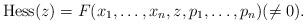
LaTeX: \begin{gather*}\mathrm{Hess}(z) = F(x_1, \dots, x_n, z, p_1, \dots, p_n)(\not=0).\end{gather*}